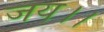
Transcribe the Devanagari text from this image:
जय।।